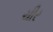
ચીર